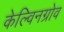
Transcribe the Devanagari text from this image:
केल्विनग्रोव